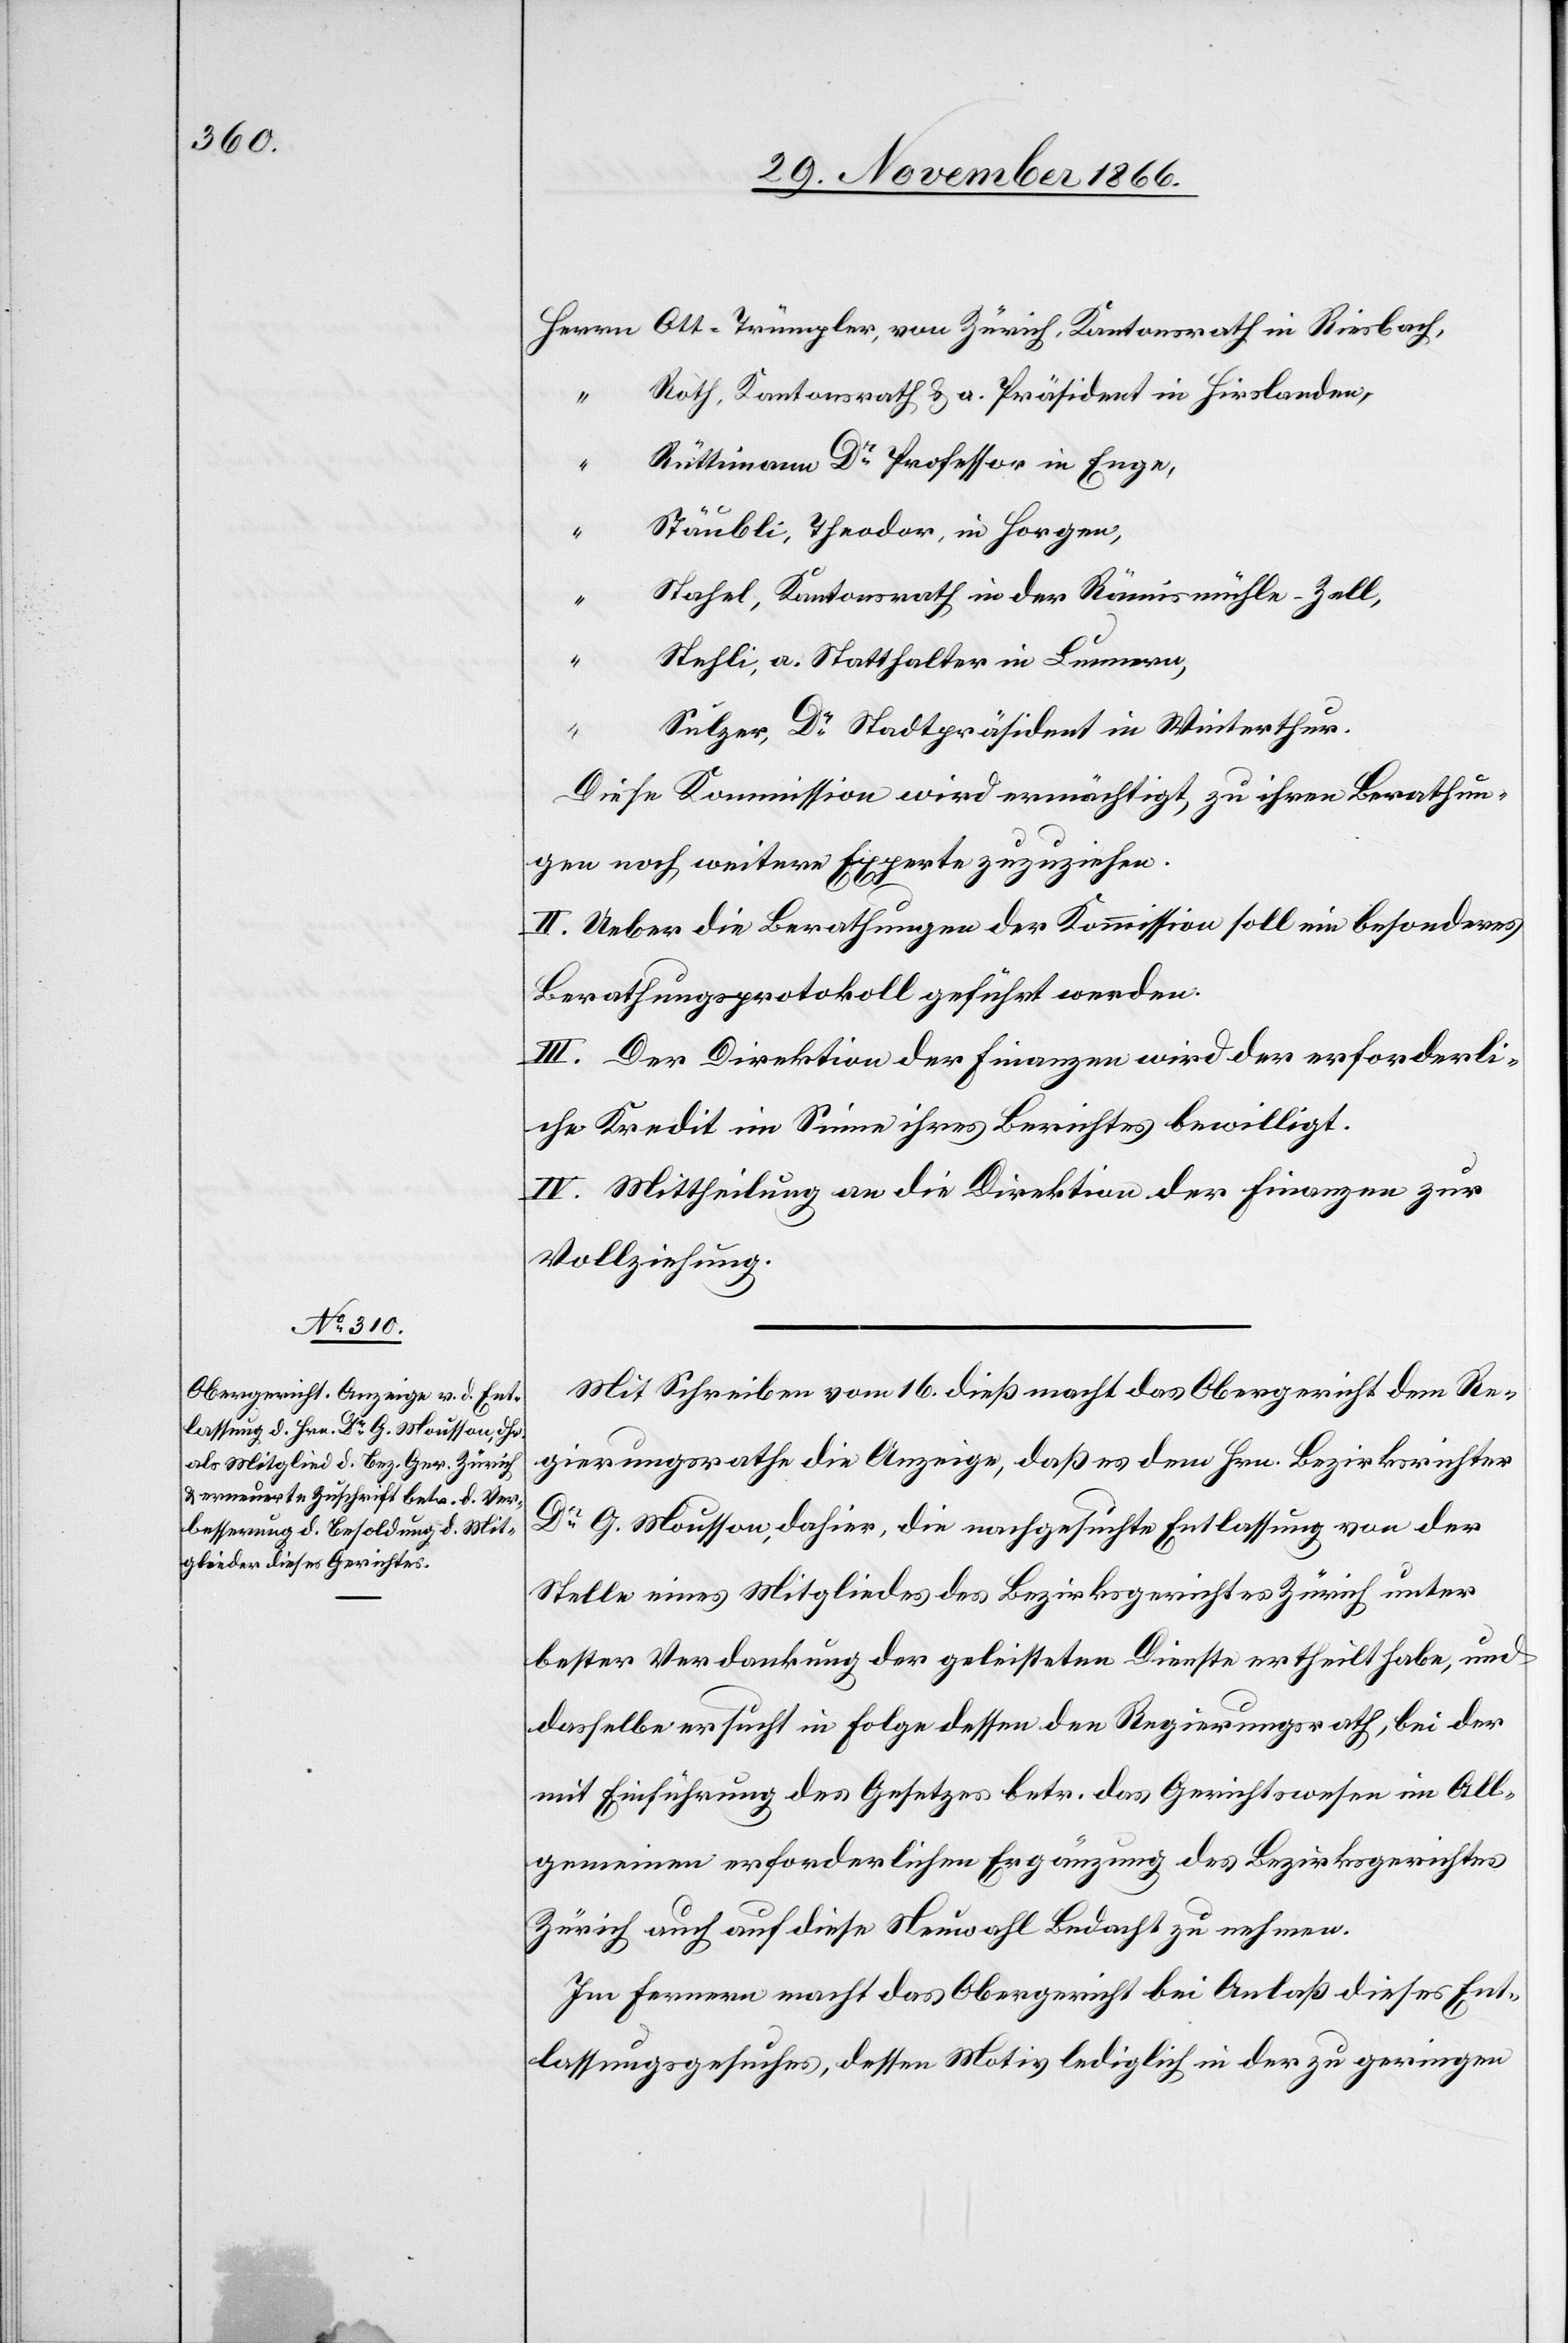
Roth, Kantonsrath & a. Präsident in Hirslanden,
“
Rüttimann Dr. Professor in Enge,
Stäubli, Theodor, in Horgen,
“
Stahel, Kantonsrath in der Rämismühle-Zell,
“
Stehli, a. Statthalter in Lunnern,
Sulzer, Dr. Stadtpräsident in Winterthur.
Diese Kommission wird ermächtigt, zu ihren Berathun¬
gen noch weitere Experte[n] zuzuziehen.
II. Ueber die Berathungen der Kommission soll ein besonderes
Berathungsprotokoll geführt werden.
III. Der Direktion der Finanzen wird der erforderli¬
che Kredit im Sinne ihres Berichtes bewilligt.
IV. Mittheilung an die Direktion der Finanzen zur
Vollziehung.
Mit Schreiben vom 16. dieß macht das Obergericht dem Re¬
gierungsrathe die Anzeige, daß es dem Hrn. Bezirksrichter
Dr. G. Mousson, dahier, die nachgesuchte Entlassung von der
Stelle eines Mitgliedes des Bezirksgerichtes Zürich, unter
bester Verdankung der geleisteten Dienste ertheilt habe, und
dasselbe ersucht in Folge dessen den Regierungsrath, bei der
mit Einführung des Gesetzes betr. das Gerichtswesen im All¬
gemeinen erforderlichen Ergänzung des Bezirksgerichtes
Zürich auch auf diese Neuwahl Bedacht zu nehmen.
Im Fernern macht das Obergericht bei Anlaß dieses Ent¬
lassungsgesuches, dessen Motiv lediglich in der zu geringen